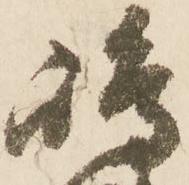
嶋